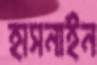
হাসনাইন